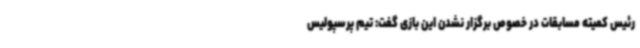
رئیس کمیته مسابقات در خصوص برگزار نشدن این بازی گفت: تیم پرسپولیس